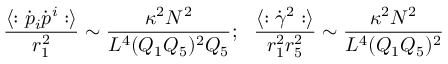
{ \frac { \langle : \dot { p } _ { i } \dot { p } ^ { i } : \rangle } { r _ { 1 } ^ { 2 } } } \sim { \frac { \kappa ^ { 2 } N ^ { 2 } } { L ^ { 4 } ( Q _ { 1 } Q _ { 5 } ) ^ { 2 } Q _ { 5 } } } ; \ \ { \frac { \langle : \dot { \gamma } ^ { 2 } : \rangle } { r _ { 1 } ^ { 2 } r _ { 5 } ^ { 2 } } } \sim { \frac { \kappa ^ { 2 } N ^ { 2 } } { L ^ { 4 } ( Q _ { 1 } Q _ { 5 } ) ^ { 2 } } }